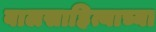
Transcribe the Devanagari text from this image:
बालसाहित्याच्या